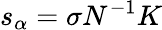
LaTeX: s_{\alpha}=\sigma N^{-1}K